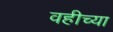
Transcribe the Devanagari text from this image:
वहीच्या